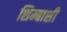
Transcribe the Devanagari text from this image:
शिम्बाशी